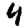
Digit: 4